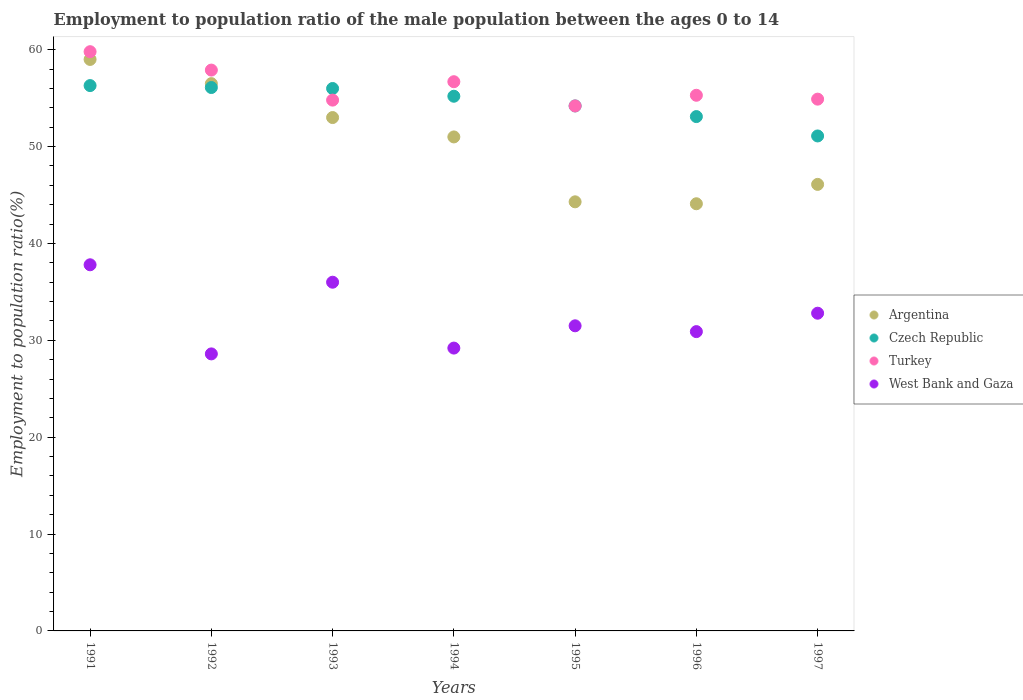
| Years | Argentina | Czech Republic | Turkey | West Bank and Gaza |
 | --- | --- | --- | --- | --- |
 | 1991 | 59 | 56.3 | 59.8 | 37.8 |
 | 1992 | 56.5 | 56.1 | 57.9 | 28.6 |
 | 1993 | 53 | 56 | 54.8 | 36 |
 | 1994 | 51 | 55.2 | 56.7 | 29.2 |
 | 1995 | 44.3 | 54.2 | 54.2 | 31.5 |
 | 1996 | 44.1 | 53.1 | 55.3 | 30.9 |
 | 1997 | 46.1 | 51.1 | 54.9 | 32.8 |